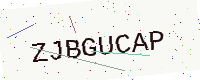
Text: ZJBGUCAP